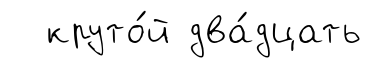
круто́й два́дцать